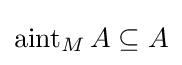
\operatorname {aint} _{M}A\subseteq A